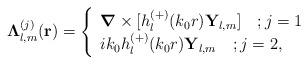
LaTeX: \begin{align*}\mathbf{\Lambda}_{l,m}^{(j)}(\mathbf{r})=\left\{\begin{array}[c]{l}\mbox{\boldmath${\nabla}$}\times\lbrack h_{l}^{(+)}(k_{0}r)\mathbf{Y}_{l,m}]\quad;j=1\\ik_{0}h_{l}^{(+)}(k_{0}r)\mathbf{Y}_{l,m}\quad;j=2,\end{array}\right.\end{align*}